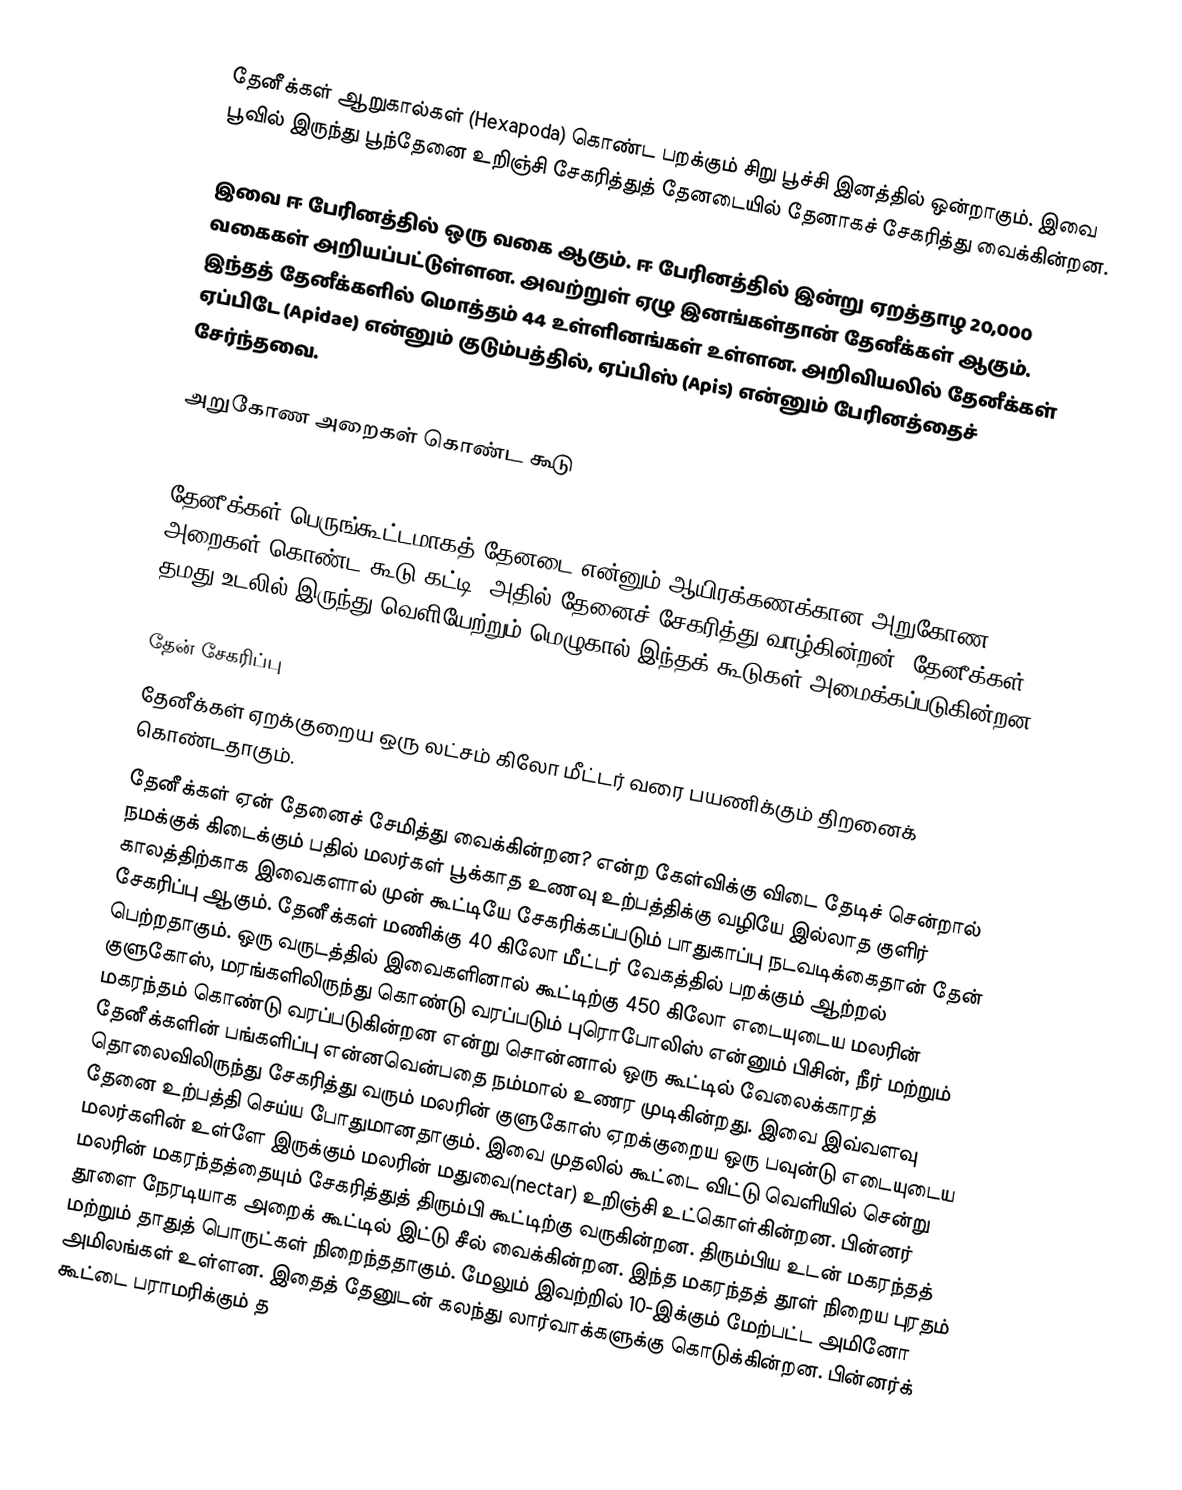
தேனீக்கள் ஆறுகால்கள் (Hexapoda) கொண்ட பறக்கும் சிறு பூச்சி இனத்தில் ஒன்றாகும். இவை  பூவில் இருந்து பூந்தேனை உறிஞ்சி சேகரித்துத் தேனடையில் தேனாகச் சேகரித்து வைக்கின்றன.

இவை ஈ பேரினத்தில் ஒரு வகை ஆகும். ஈ பேரினத்தில் இன்று ஏறத்தாழ 20,000 வகைகள் அறியப்பட்டுள்ளன. அவற்றுள் ஏழு இனங்கள்தான் தேனீக்கள் ஆகும். இந்தத் தேனீக்களில் மொத்தம் 44 உள்ளினங்கள் உள்ளன. அறிவியலில் தேனீக்கள் ஏப்பிடே (Apidae) என்னும் குடும்பத்தில், ஏப்பிஸ் (Apis) என்னும் பேரினத்தைச் சேர்ந்தவை.

அறுகோண அறைகள் கொண்ட கூடு

தேனீக்கள் பெருங்கூட்டமாகத் தேனடை என்னும் ஆயிரக்கணக்கான அறுகோண அறைகள் கொண்ட கூடு கட்டி, அதில் தேனைச் சேகரித்து வாழ்கின்றன். தேனீக்கள் தமது உடலில் இருந்து வெளியேற்றும் மெழுகால் இந்தக் கூடுகள் அமைக்கப்படுகின்றன.

தேன் சேகரிப்பு
தேனீக்கள் ஏறக்குறைய ஒரு லட்சம் கிலோ மீட்டர் வரை பயணிக்கும் திறனைக் கொண்டதாகும்.
தேனீக்கள் ஏன் தேனைச் சேமித்து வைக்கின்றன? என்ற கேள்விக்கு விடை தேடிச் சென்றால் நமக்குக் கிடைக்கும் பதில் மலர்கள் பூக்காத உணவு உற்பத்திக்கு வழியே இல்லாத குளிர் காலத்திற்காக இவைகளால் முன் கூட்டியே சேகரிக்கப்படும் பாதுகாப்பு நடவடிக்கைதான் தேன் சேகரிப்பு ஆகும். தேனீக்கள் மணிக்கு 40 கிலோ மீட்டர் வேகத்தில் பறக்கும் ஆற்றல் பெற்றதாகும். ஒரு வருடத்தில் இவைகளினால் கூட்டிற்கு 450 கிலோ எடையுடைய மலரின் குளுகோஸ், மரங்களிலிருந்து கொண்டு வரப்படும் புரொபோலிஸ் என்னும் பிசின், நீர் மற்றும் மகரந்தம் கொண்டு வரப்படுகின்றன என்று சொன்னால் ஒரு கூட்டில் வேலைக்காரத் தேனீக்களின் பங்களிப்பு என்னவென்பதை நம்மால் உணர முடிகின்றது. இவை இவ்வளவு தொலைவிலிருந்து சேகரித்து வரும் மலரின் குளுகோஸ் ஏறக்குறைய ஒரு பவுன்டு எடையுடைய தேனை உற்பத்தி செய்ய போதுமானதாகும். இவை முதலில் கூட்டை விட்டு வெளியில் சென்று மலர்களின் உள்ளே இருக்கும் மலரின் மதுவை(nectar) உறிஞ்சி உட்கொள்கின்றன. பின்னர் மலரின் மகரந்தத்தையும் சேகரித்துத் திரும்பி கூட்டிற்கு வருகின்றன. திரும்பிய உடன் மகரந்தத் தூளை நேரடியாக அறைக் கூட்டில் இட்டு சீல் வைக்கின்றன. இந்த மகரந்தத் தூள் நிறைய புரதம் மற்றும் தாதுத் பொருட்கள் நிறைந்ததாகும். மேலும் இவற்றில் 10-இக்கும் மேற்பட்ட அமினோ அமிலங்கள் உள்ளன. இதைத் தேனுடன் கலந்து லார்வாக்களுக்கு கொடுக்கின்றன. பின்னர்க் கூட்டை பராமரிக்கும் த